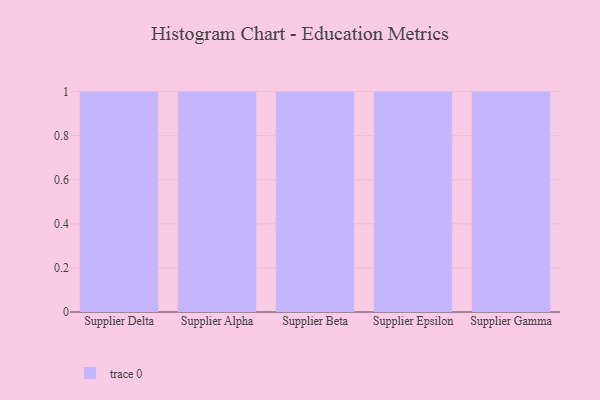
{"axis": {"x": "Supplier", "y": "Demand Index"}, "legend": [""], "data": [{"x": "Supplier Delta", "y": 72, "type": ""}, {"x": "Supplier Alpha", "y": 16, "type": ""}, {"x": "Supplier Beta", "y": 8, "type": ""}, {"x": "Supplier Epsilon", "y": 54, "type": ""}, {"x": "Supplier Gamma", "y": 31, "type": ""}]}